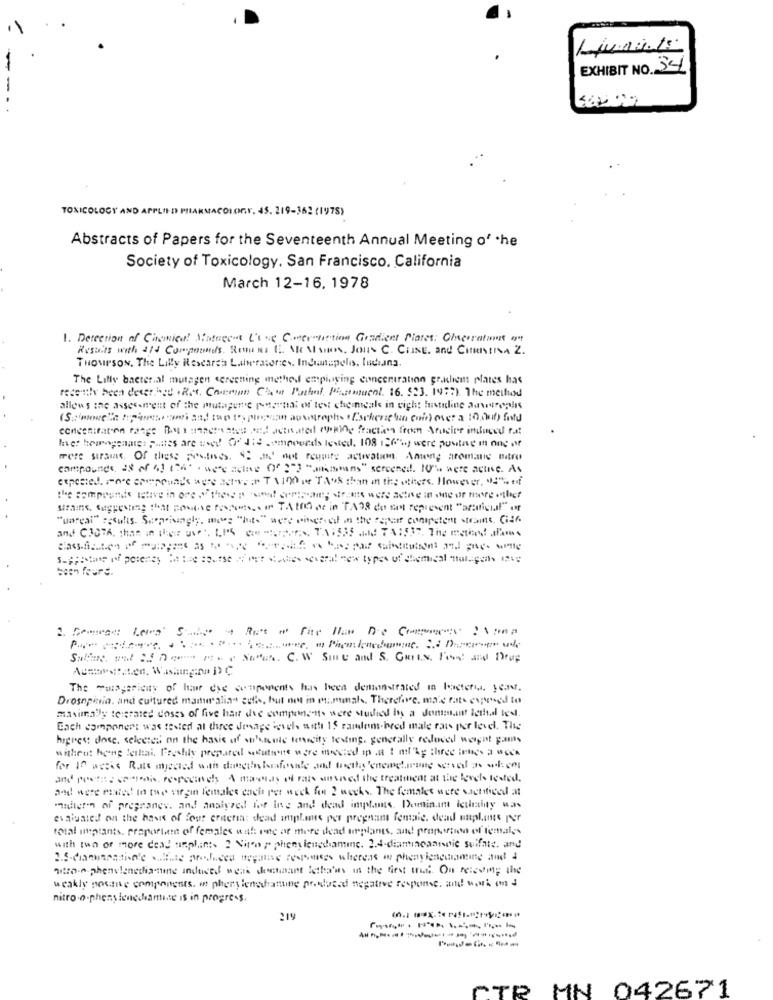
EXHIBIT NO. 34
TOXICOLOGY AND APPLIED PHARMACOLOGY. 45. 219-352 (197S)
Abstracts of Papers for the Seventeenth Annual Meeting of the
Society of Toxicology. San Francisco, California
March 12-16, 1978
1. Detection of Cacmica! Nutugent U's Ng C.mer"tirtina Gradient Plates: Olnerraton
Resorts with aid Compounds, Romans E. She MsiNos. Jous C. CHINE. and Contra Z.
THoursON, The Lilly Research Lutheratores, Indianapolis. ludiana.
The Lilly bacterial mutagen screening method employing concentration graklient plates has
recently been deser.hed . Ret, Carton Chata Pathol, Pizzentucol. 16. $23. 1977). The meilusd
allows the assessment of the mutagen'e poznat of test che meals in eight Iustiline aavreplis
concentration range Boligencreated and accounted copine fraction from Aracier infused rat
hast homogenates Plates are used Ordre .compourds lested. 108 :26") were posting in one of
mere sursine. Of these pectives " and not require activation. Among aromatis metro
compounds, 28 of 41 124' . were active Of ""3 ".mammans" screened. IUP's were actie. As
the compounds istive in one " they s and central; droits were active in one or more ofhet
stramme, suggesting that postse recoge. in TABOO os in TAR8 do not represent "artificial" .
"marcai" results. Surprisingly, more "hate" were winner of in the repair competent strante. Gif
been fours.
1. Comme Leme S ... 4 Rue " far Ha De Comecec : \pmp
Sulfine. nul : 7 - Swa. C. W Sme and S. Gurts. Font and Drug
The Tusgericity of hi cie components has been deninnstrated in bacteria year.
Drosopinia. and cultured mamm alian cute, but not in m.mmah, Therefore, male rats exposed to
maximally tolerated doses of five hair die components were studied ins a doment Ietfal tes.
Each component was tested al three Jesage levels with 15 random-bred male rats per level. The
highest doce, selected on the basis of un'sente unecity testing. generally reduced weight pants
witheut heng lethai. Freshly prepared cutnent were inodiod ip .a 1 ml'Ag three intes a Week
and protec sporois, respecinds A mainstay of rais ansand the treatment at the lovele rested.
and were miated in the virgin females cach per week for 2 weeks. The females were sacrificed at
"ileren of pregranev, and analyzed fot ing and dead implants. Dominam icukrainy was
evaluated on the basis of four criteria: dead implants per program female, dead enplats per
total inplants. praportem of females with vec ar mere dead tirplants, and proportion of females
with ton of more dead nephints 2 Niren , pheny lenediamine. 2.4-diantincaannie suifnie, and
nitro. sheavlenediamine induced weas doessant lesbains in the first tus. On receding the
weakly posting components. it phersiensfatture poslucad negative response, and work on a
nitro.o.phens lenediamine is in progress.
219
CTR MN 042671